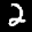
Label: 2